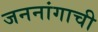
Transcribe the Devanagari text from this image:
जननांगाची